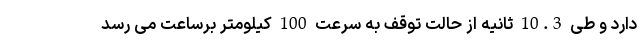
دارد و طی 10.3 ثانیه از حالت توقف به سرعت 100 کیلومتر برساعت می رسد